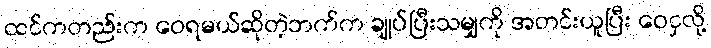
ထင်ကတည်းက ဝေရမယ်ဆိုတဲ့ဘက်က ချုပ်ပြီးသမျှကို အတင်းယူပြီး ဝေငှလို့